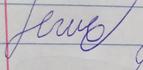
Signature authenticity: forged